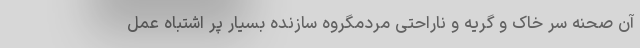
آن صحنه سر خاک و گریه و ناراحتی مردمگروه سازنده بسیار پر اشتباه عمل